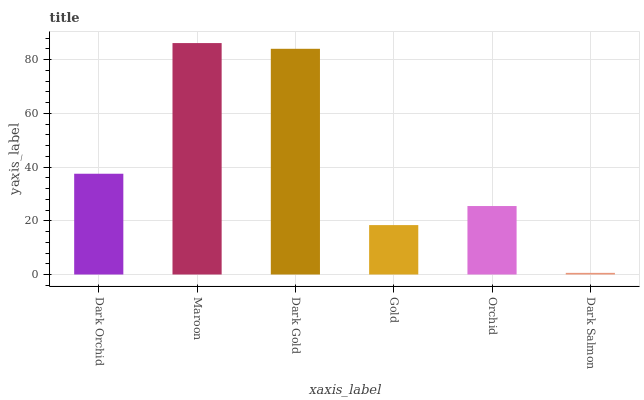
| xaxis_label | bars |
 | --- | --- |
 | Dark Orchid | 37.5 |
 | Maroon | 86.2 |
 | Dark Gold | 84.1 |
 | Gold | 18.4 |
 | Orchid | 25.5 |
 | Dark Salmon | 0.608 |